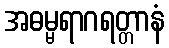
အဓမ္မရာဂရတ္တာနံ